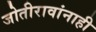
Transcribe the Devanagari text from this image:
जोतीरावांनाही